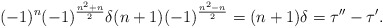
\begin{align*}(-1)^n (-1)^{\frac{n^2+n}{2}}\delta (n+1) (-1)^{\frac{n^2-n}{2}} = (n+1) \delta = \tau'' - \tau'.\end{align*}